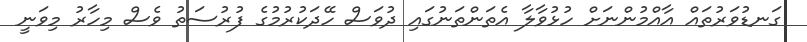
ގަނޑުވަރުތައް އާއްމުންނަށް ހުޅުވާލާ އެތަންތަނުގައި ދުވަސް ހޭދަކުރުމުގެ ފުރުސަތު ވެސް މިހާރު މިވަނީ